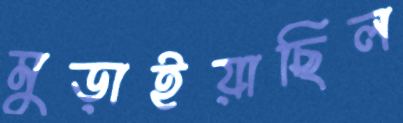
মুড়াইয়াছিল